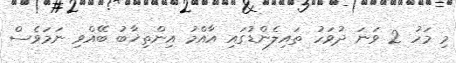
މި މަހު 2 ވަނަ ދުވަހު ތައިލެންޑުގައި އާއްމު އިންތިޚާބު ބޭއްވި ނަމަވެސް